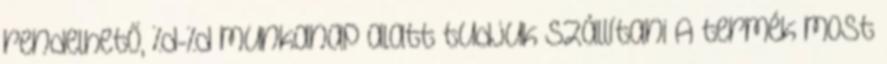
rendelhető, %d-%d munkanap alatt tudjuk szállítani A termék most